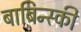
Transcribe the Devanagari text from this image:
बाबिन्स्की